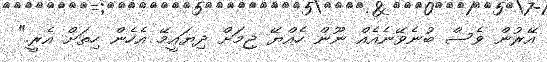
އޭރުން ވެސް ބުނެވޭނެއެއް ނޫން ހެއްޔޭ ޖިމަށް ދިޔައީމޭ އެހެން ހިތަށް އެރީ."